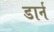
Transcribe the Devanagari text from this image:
डार्न